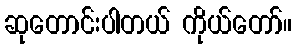
ဆုတောင်းပါတယ် ကိုယ်တော်။